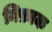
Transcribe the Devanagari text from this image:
निफ़ाक